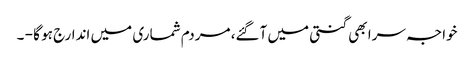
خواجہ سرا بھی گنتی میں آگئے، مردم شماری میں اندارج ہو گا - ۔